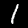
Label: 1